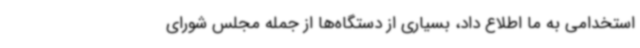
استخدامی به ما اطلاع داد، بسیاری از دستگاه‌ها از جمله مجلس شورای